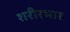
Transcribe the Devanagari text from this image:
शरीरभार